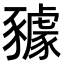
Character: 𧲋